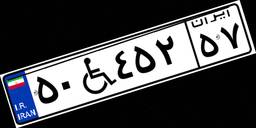
۵۰W۴۵۲۵۷